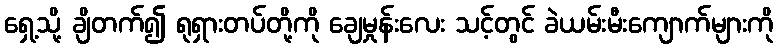
ရှေ့သို့ ချိတက်၍ ရုရှားတပ်တို့ကို ချေမှုန်းလေး သင့်တွင် ခဲယမ်းမီးကျောက်များကို